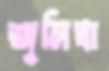
জুলিযা